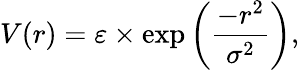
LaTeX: V(r)=\varepsilon\times\exp\left(\frac{-r^{2}}{\sigma^{2}}\right),